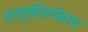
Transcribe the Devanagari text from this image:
वाहतुकीबरोबरच